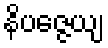
နိပဇ္ဇေယျ